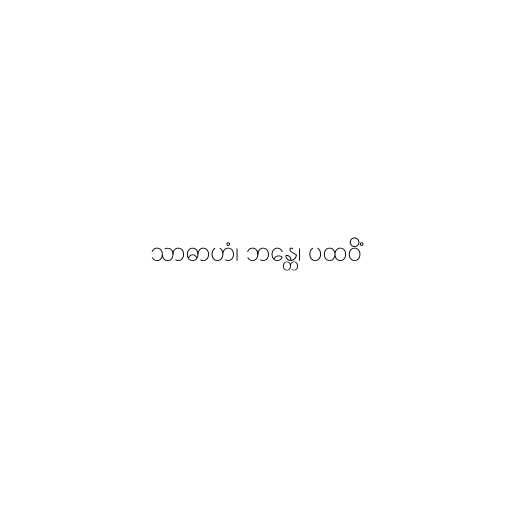
သာဓာဟံ၊ ဘန္တေ၊ ပထဝိံ